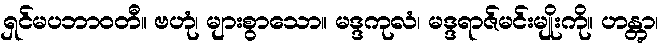
ရှင်မပဘာဝတီ။ ဗဟုံ၊ များစွာသော။ မဒ္ဒကုလံ၊ မဒ္ဒရာဇ်မင်းမျိုးကို။ ဟန္တွာ၊